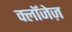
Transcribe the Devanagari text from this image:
क्लॉजेज़